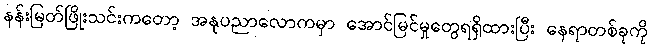
နန်းမြတ်ဖြိုးသင်းကတော့ အနုပညာလောကမှာ အောင်မြင်မှုတွေရရှိထားပြီး နေရာတစ်ခုကို